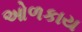
ઓળકાય